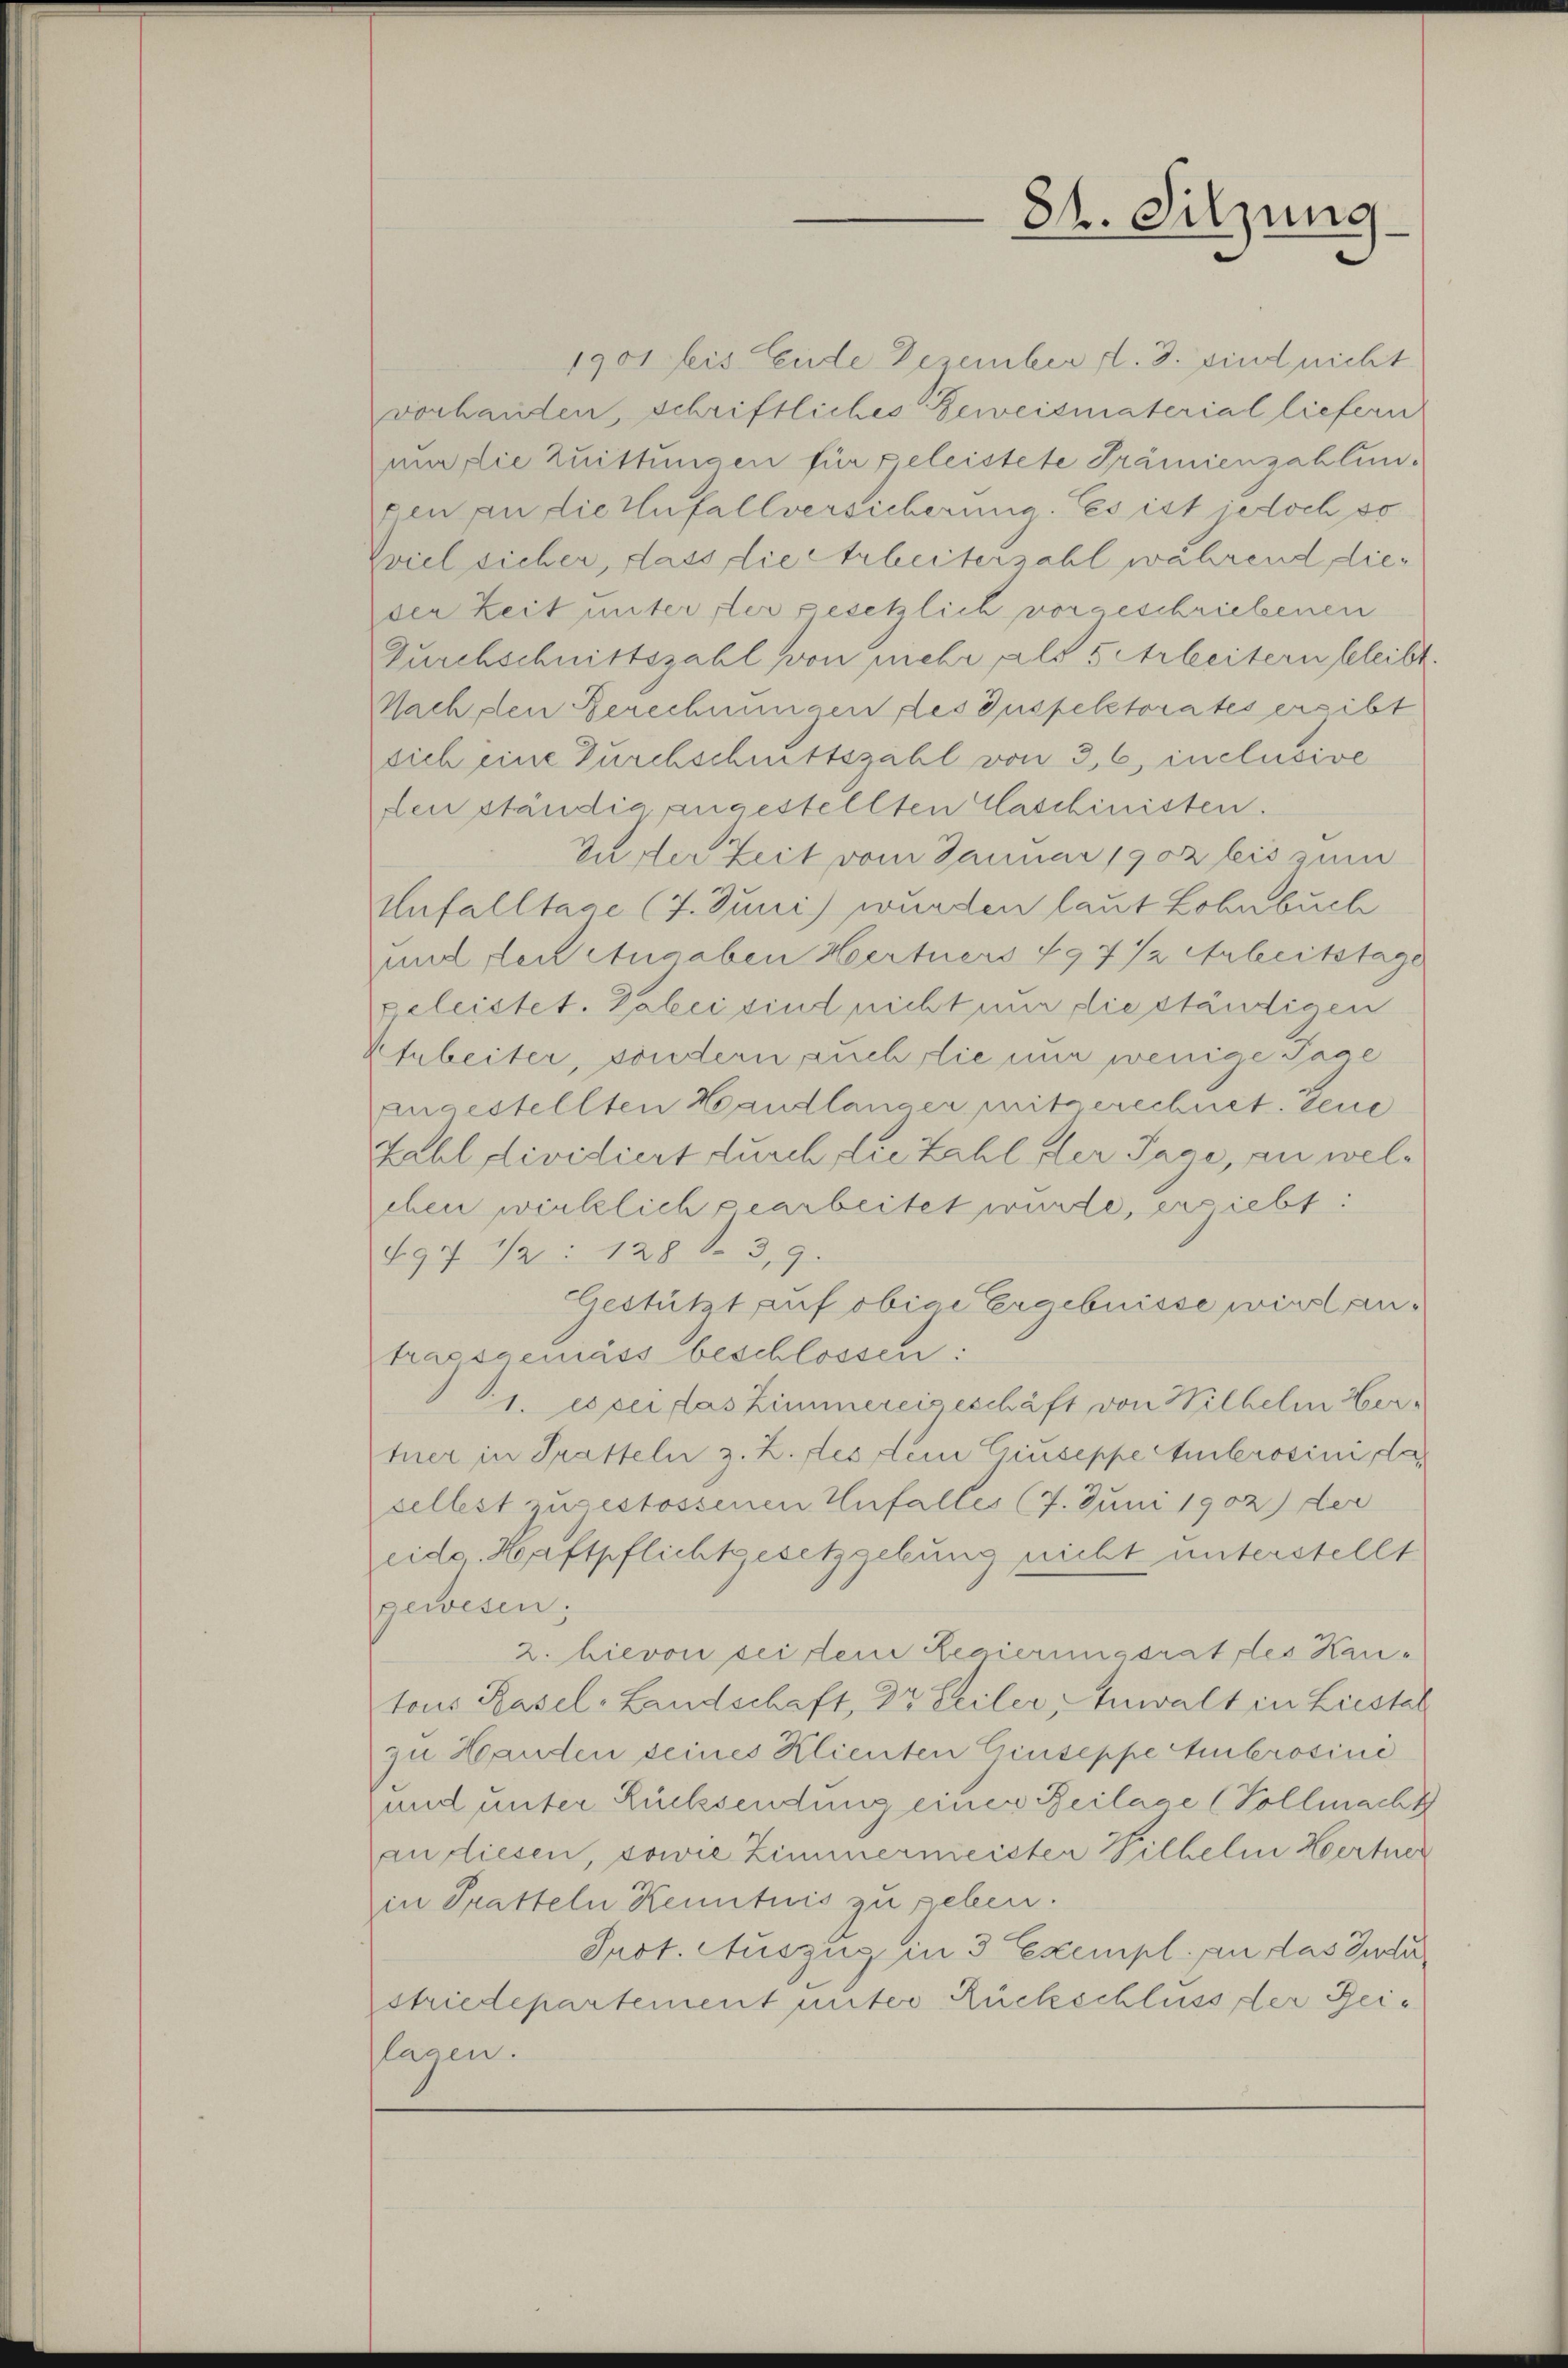
1901 bis Ende Dezember d. 3. sind nicht
vorhanden, schriftliches Beweismaterial liefern
uir die Zuittungen für geleistete Prämienzahlunxen an die Unfallversicherung. Es ist jedoch so
Zviel sicher, dass die Arbeiterzahl während dieder Zeit unter ster gesetzlich vorgeschriebenen
Durchschnittszahl von mehr als 5 Arbeitern bleibt.
Nach den Berechnungen des Inspektorates ersibt
sich eine Durchschnittszahl von 3, 6, inclusive
fen ständig angestellten Caschinisten.
Zuder Zeit vom Januar 1902 bis zum
Unfalltage (7. Juni wurden laut Lohnbuch
und der Angaben Hertners 497 12 Anleitstage
peleistet. Dabei sind nicht nur die ständigen
Arbeiter, sondern auch die nur wenige Tage
angestellten Handlanger mitgerechnet. Leue
Zahl dividiert durch die Zahl der Tage, an weleben wirklich gearbeitet wurde, ersiebt:
897 ½ : 128 d. 3, 9.
Gestützt auf obige Ergebnisse wirst antragsgemäss beschlossen:
1. es pei das Zimmereiseschäft von Wilhelm Hertner in Tratteln z. Z. des dem Giuseppe Ambrosini, de
sellest zugestossenen Unfalles (7. Juni 1902) der
Leide. Haftpflichtgesetzgebung nicht unterstellt
gewesen;
2. hievon sei dem Regierungsrat des Kantous Rasel-Landschaft, Dr Teiler, Anwalt in Liestal
zu Handen seines Klienten Giuseppe Ambrosine
und unter Rücksendung einen Beilage (Vollmacht
an diesen, sowie Zimmermeister Wilhelm Hertner
in Tratteln Kenntnis zu geben.
Prot. Auszug in 3 Exempl. an das Judi
striedepartement unter Rückschluss der Reilagen.

84. Sitzung